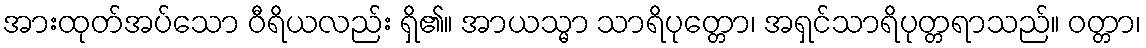
အားထုတ်အပ်သော ဝီရိယလည်း ရှိ၏။ အာယသ္မာ သာရိပုတ္တော၊ အရှင်သာရိပုတ္တရာသည်။ ဝတ္တာ၊